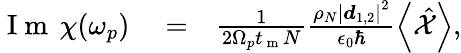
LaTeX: \begin{array}{rlr}{\mathrm{~I~m~}\, \chi(\omega_{p})}&{{}=}&{\frac{1}{2\Omega_{p}t_{\mathrm{~m~}}N}\frac{\rho_{N}\left|\boldsymbol d_{1,2}\right|^{2}}{\epsilon_{0}\hbar}\left<\hat{\mathcal X}\right>,}\end{array}